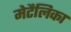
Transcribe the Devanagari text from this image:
मेटैलिका